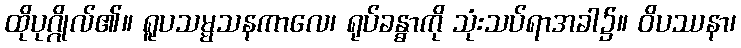
ထိုပုဂ္ဂိုလ်၏။ ရူပသမ္မသနကာလေ၊ ရုပ်ခန္ဓာကို သုံးသပ်ရာအခါ၌။ ဝိပဿနာ၊